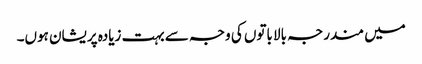
میں مندرجہ بالا باتوں کی وجہ سے بہت زیادہ پریشان ہوں۔